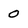
Character: 0